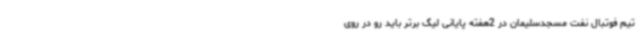
تیم فوتبال نفت مسجدسلیمان در 2هفته پایانی لیگ برتر باید رو در روی